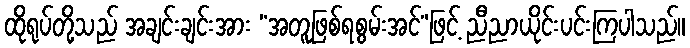
ထိုရုပ်တို့သည် အချင်းချင်းအား “အတူဖြစ်ရစွမ်းအင်”ဖြင့် ညီညာယိုင်းပင်းကြပါသည်။